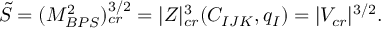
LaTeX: \tilde { S } = ( M _ { B P S } ^ { 2 } ) _ { c r } ^ { 3 / 2 } = | Z | _ { c r } ^ { 3 } ( C _ { I J K } , q _ { I } ) = | V _ { c r } | ^ { 3 / 2 } .